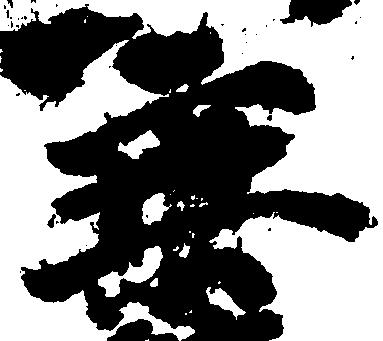
乗